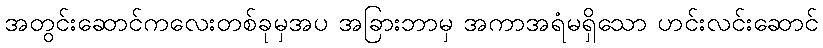
အတွင်းဆောင်ကလေးတစ်ခုမှအပ အခြားဘာမှ အကာအရံမရှိသော ဟင်းလင်းဆောင်